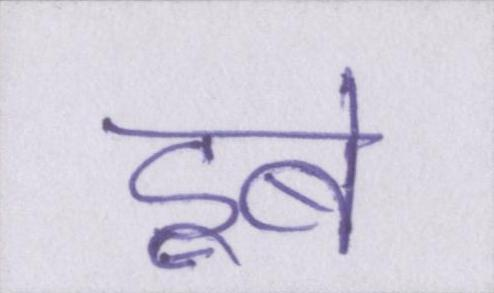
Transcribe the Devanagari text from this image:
डूबे